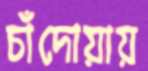
চাঁদোয়ায়